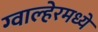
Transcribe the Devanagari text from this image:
ग्वाल्हेरमध्ये